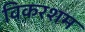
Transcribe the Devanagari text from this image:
विकरशम